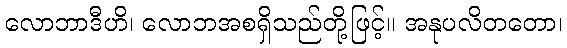
လောဘာဒီဟိ၊ လောဘအစရှိသည်တို့ဖြင့်။ အနုပလိတတော၊